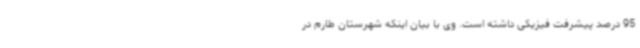
95 درصد پیشرفت فیزیکی داشته است. وی با بیان اینکه شهرستان طارم در